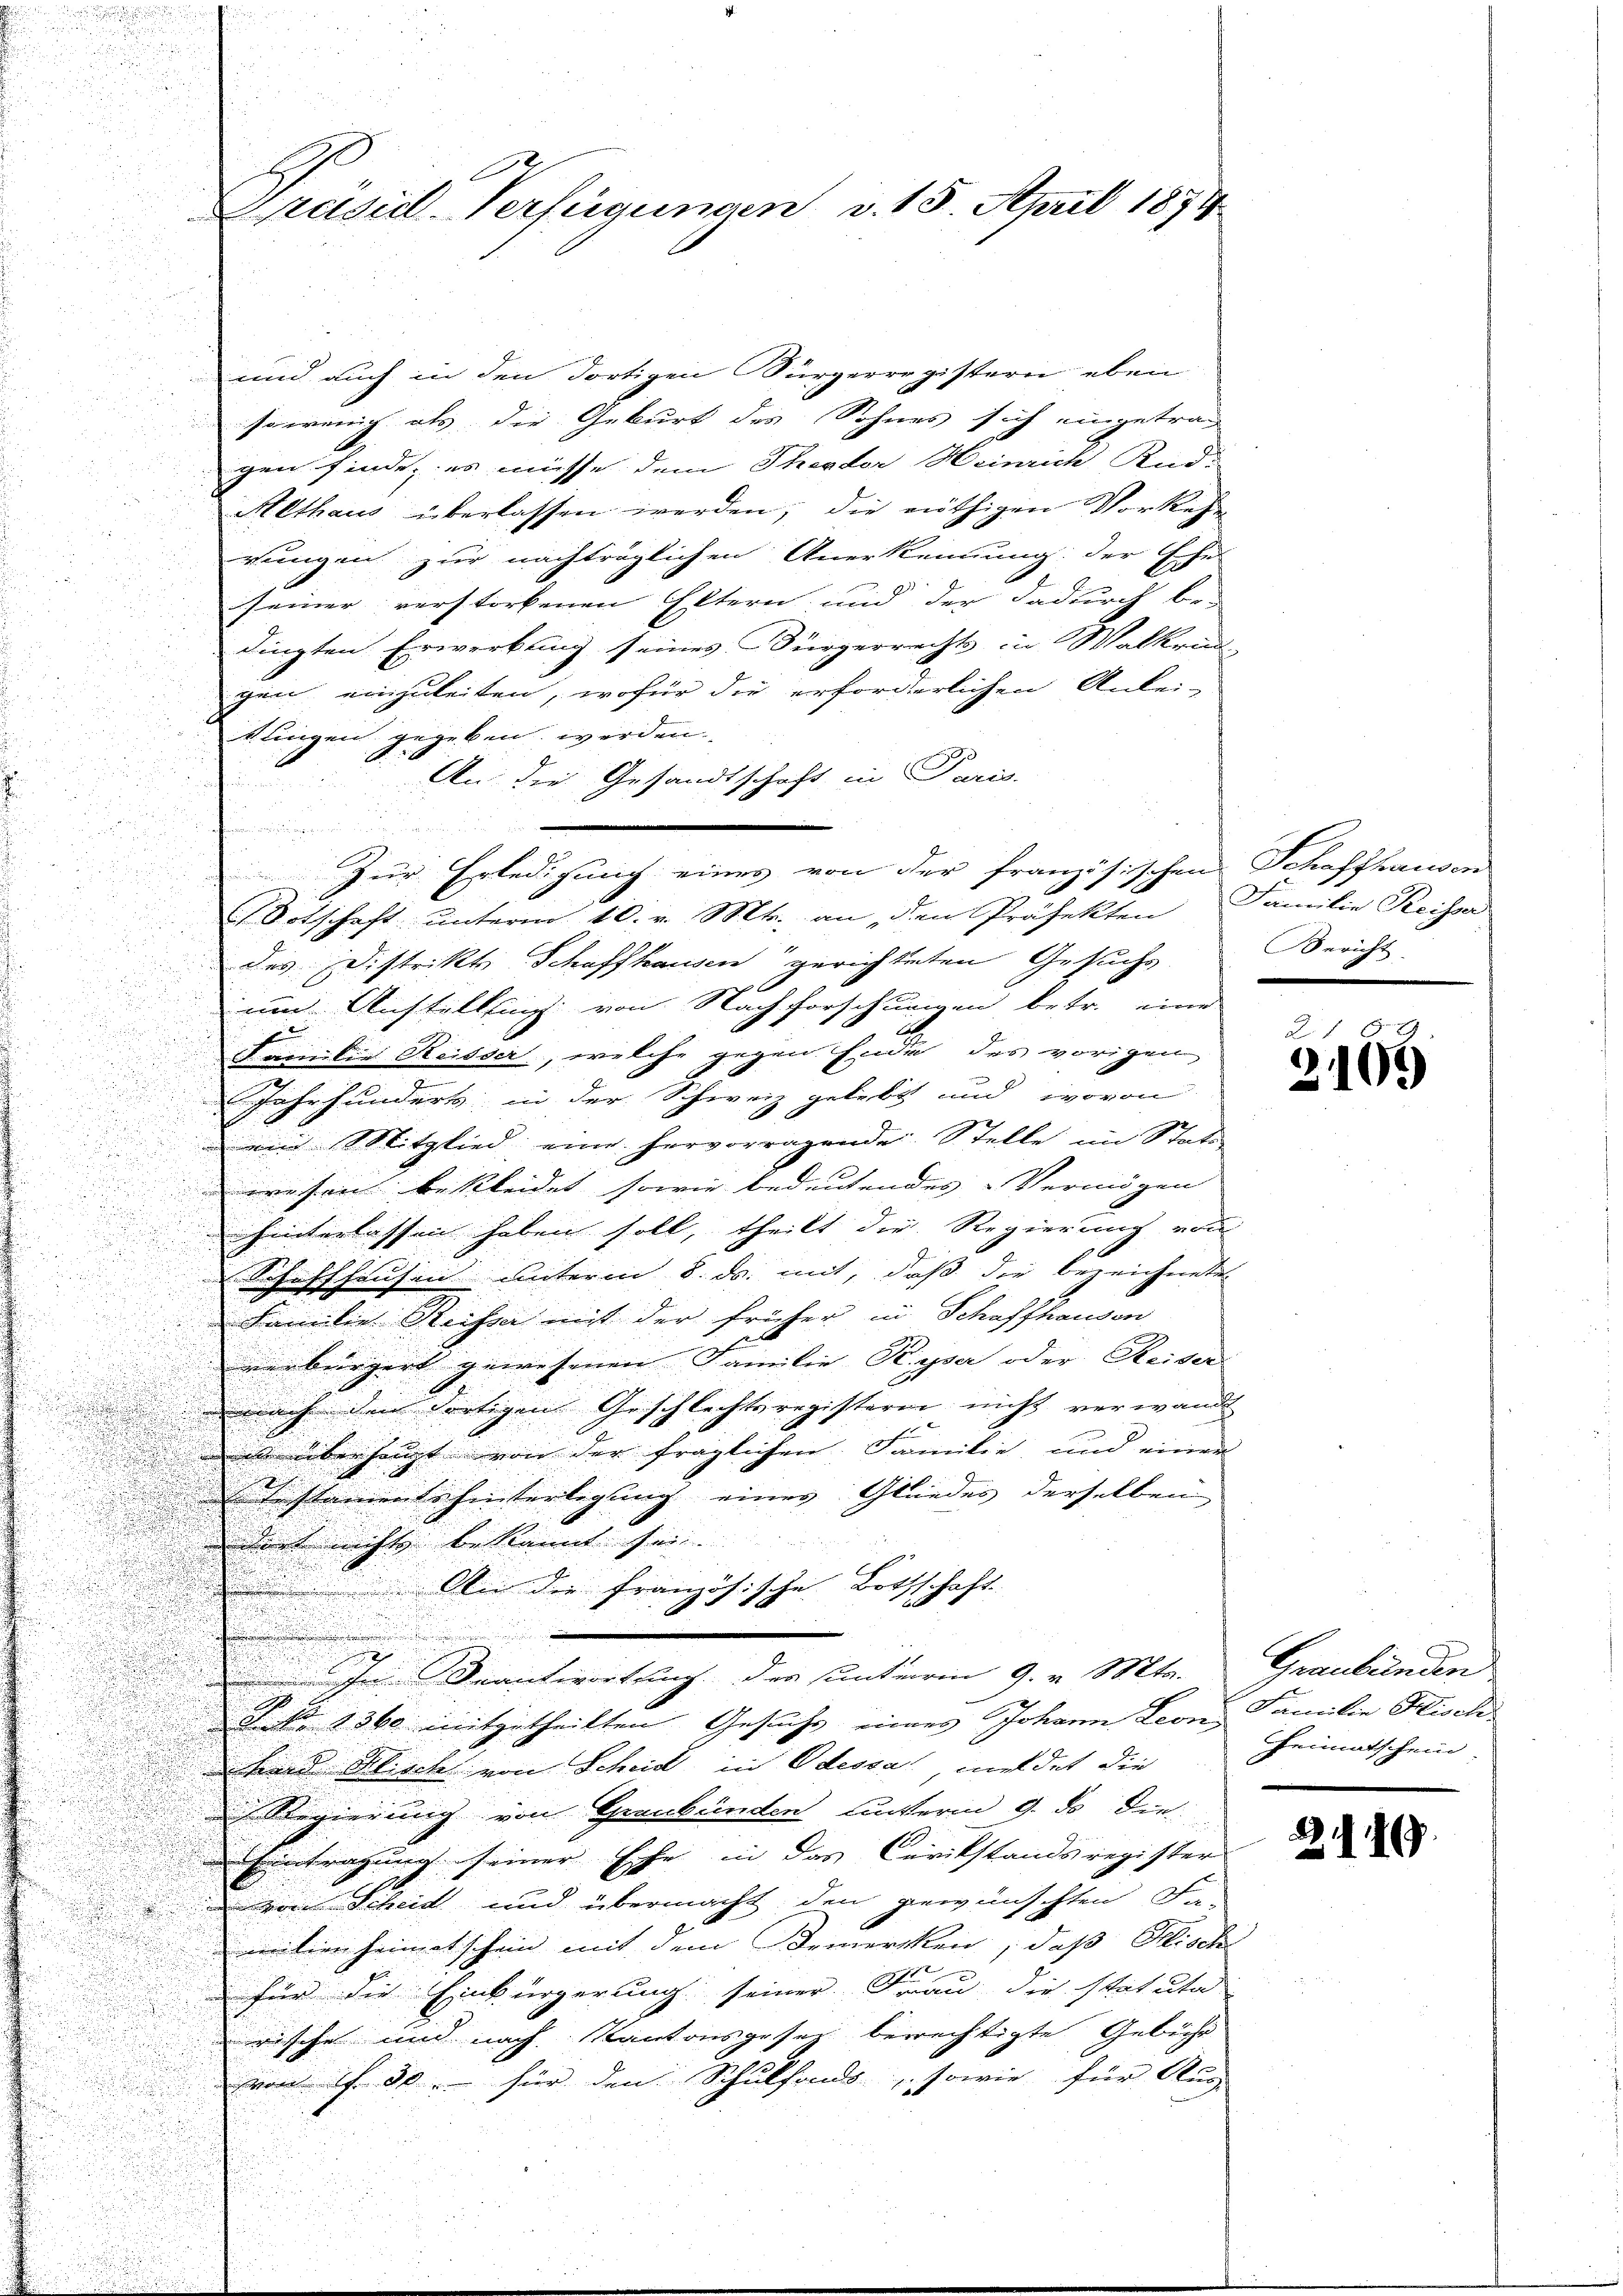
und auch in den dortigen Sürgerregistern eben
sowenig als die Geburt des Sohnes sich eingetrag
gen finde; es müsse dem Theodor Heinrich Kud-
Althaus überlassen werden, die nöthigen Vorkehr
rungen zur nachträglichen Anerkennung: der Ehe
seiner verstorbenen Eltern und der dadurch be-
dingten Erwerbung seines Bürgerrechts in Walkri
gen einzuleiten, wofür die erforderlichen Anlei-
klingen gegeben werden
An die Gesandtschaft in Paris.
.
.
Zur Erledigung eines von der französischen Schaffhausen
 55

 Totschaft unterm 10. v. Mts. an, den Präfekten Familie Reisser

des Distrikts Schaffhausen gerichteten Gesuchs
.

um Anstellung von Nachforschungen betr. eine
n

 ammilie Heisser, welche gegen Ende des vorigen,
u

Jahrhundert in der Schweiz gelebt und wovon
in Mitglied eine hervorragende Stelle im Statu
u
i
wesen bekleidet sowie bedeutendes Vermögen
d
u
hinterlassen haben soll, theilt die Regierung von

Schaffhausen unterm 8. ds. mit, daß der bezeichnete

Familie Reisser mit der früher in Schaffhausen
derbürgert gewesenen Familie Ryser oder Reiter |
nach den dortigen Geschlechtsregisteren nicht verwandt
as überhaupt von der fraglichen Familie, und einer
Testamento hinterlegung eines Gliedes derselben
dort nichts bekannt sei. |
F
An die französische Bothschaft
In Beantwortung der unterm 9. v. Mts. Graubünden
S. Nr. 1360 mitgetheilten Gesuchs eines Johann Leon Familie Hisch-
tard Klinck von Scheid in Odessa meldet die
 Regierung von Graubünden unterm 9. ds die
Eintragung seiner Ehe in das Carikstandsregister
 von Scheid und übermacht den gewünschten Fa-
mitienheimatschein mit dem Bemercken, daß Misch
für die Einbürgerung seiner Frau die statute
rische und nach Kantonsgesetz berechtigte Gebühr
von 1f 30. für den Schulfonds, sowie für Ang

Preisil-Verfügungen v. 15. April 1874.

Bericht

2
E
2103

Heimatschein.

22. 19